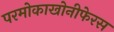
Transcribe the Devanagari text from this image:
परमोकाखोनीफेरस